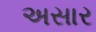
અસાર